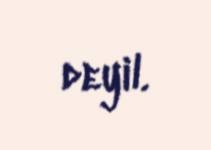
deyil.